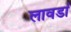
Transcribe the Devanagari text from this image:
लावर्डा